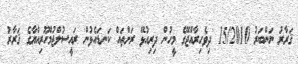
ޤަރާރު ނަންބަރު 15/2010 'ދިވެހިރާއްޖޭގެ މީހުން ދިރިއުޅޭ ރަށްތައް ކަނޑައެޅުން' ރައީސުލްޖުމްހޫރިއްޔާގެ ޤަރާރު